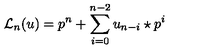
{ { \mathcal L } _ { n } } ( u ) = p ^ { n } + \sum _ { i = 0 } ^ { n - 2 } u _ { n - i } \star p ^ { i }